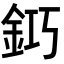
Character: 𨥿